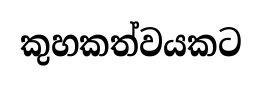
කුහකත්වයකට